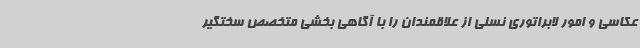
عکاسی و امور لابراتوری نسلی از علاقمندان را با آگاهی بخشی متخصص سختگیر